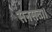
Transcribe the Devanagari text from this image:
सनसत्ता।